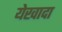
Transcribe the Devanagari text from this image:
येखादा